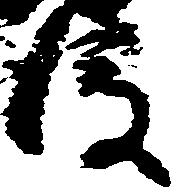
後